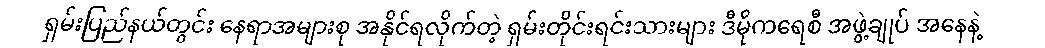
ရှမ်းပြည်နယ်တွင်း နေရာအများစု အနိုင်ရလိုက်တဲ့ ရှမ်းတိုင်းရင်းသားများ ဒီမိုကရေစီ အဖွဲ့ချုပ် အနေနဲ့